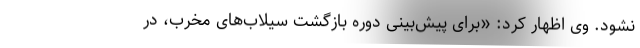
نشود. وی اظهار کرد: «برای پیش‌بینی دوره بازگشت سیلاب‌های مخرب، در